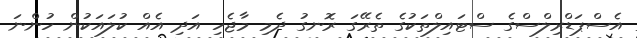
އެސްޕަޑްރިލްސްގެ ސްޓައިލްތަކުގެ ތެރޭގަ ރޮނގު ދެމި މާޖެހި އަދި އެއް ކުލައަކުން ހުންނަ